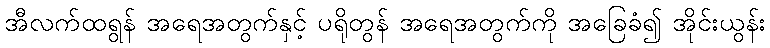
အီလက်ထရွန် အရေအတွက်နှင့် ပရိုတွန် အရေအတွက်ကို အခြေခံ၍ အိုင်းယွန်း